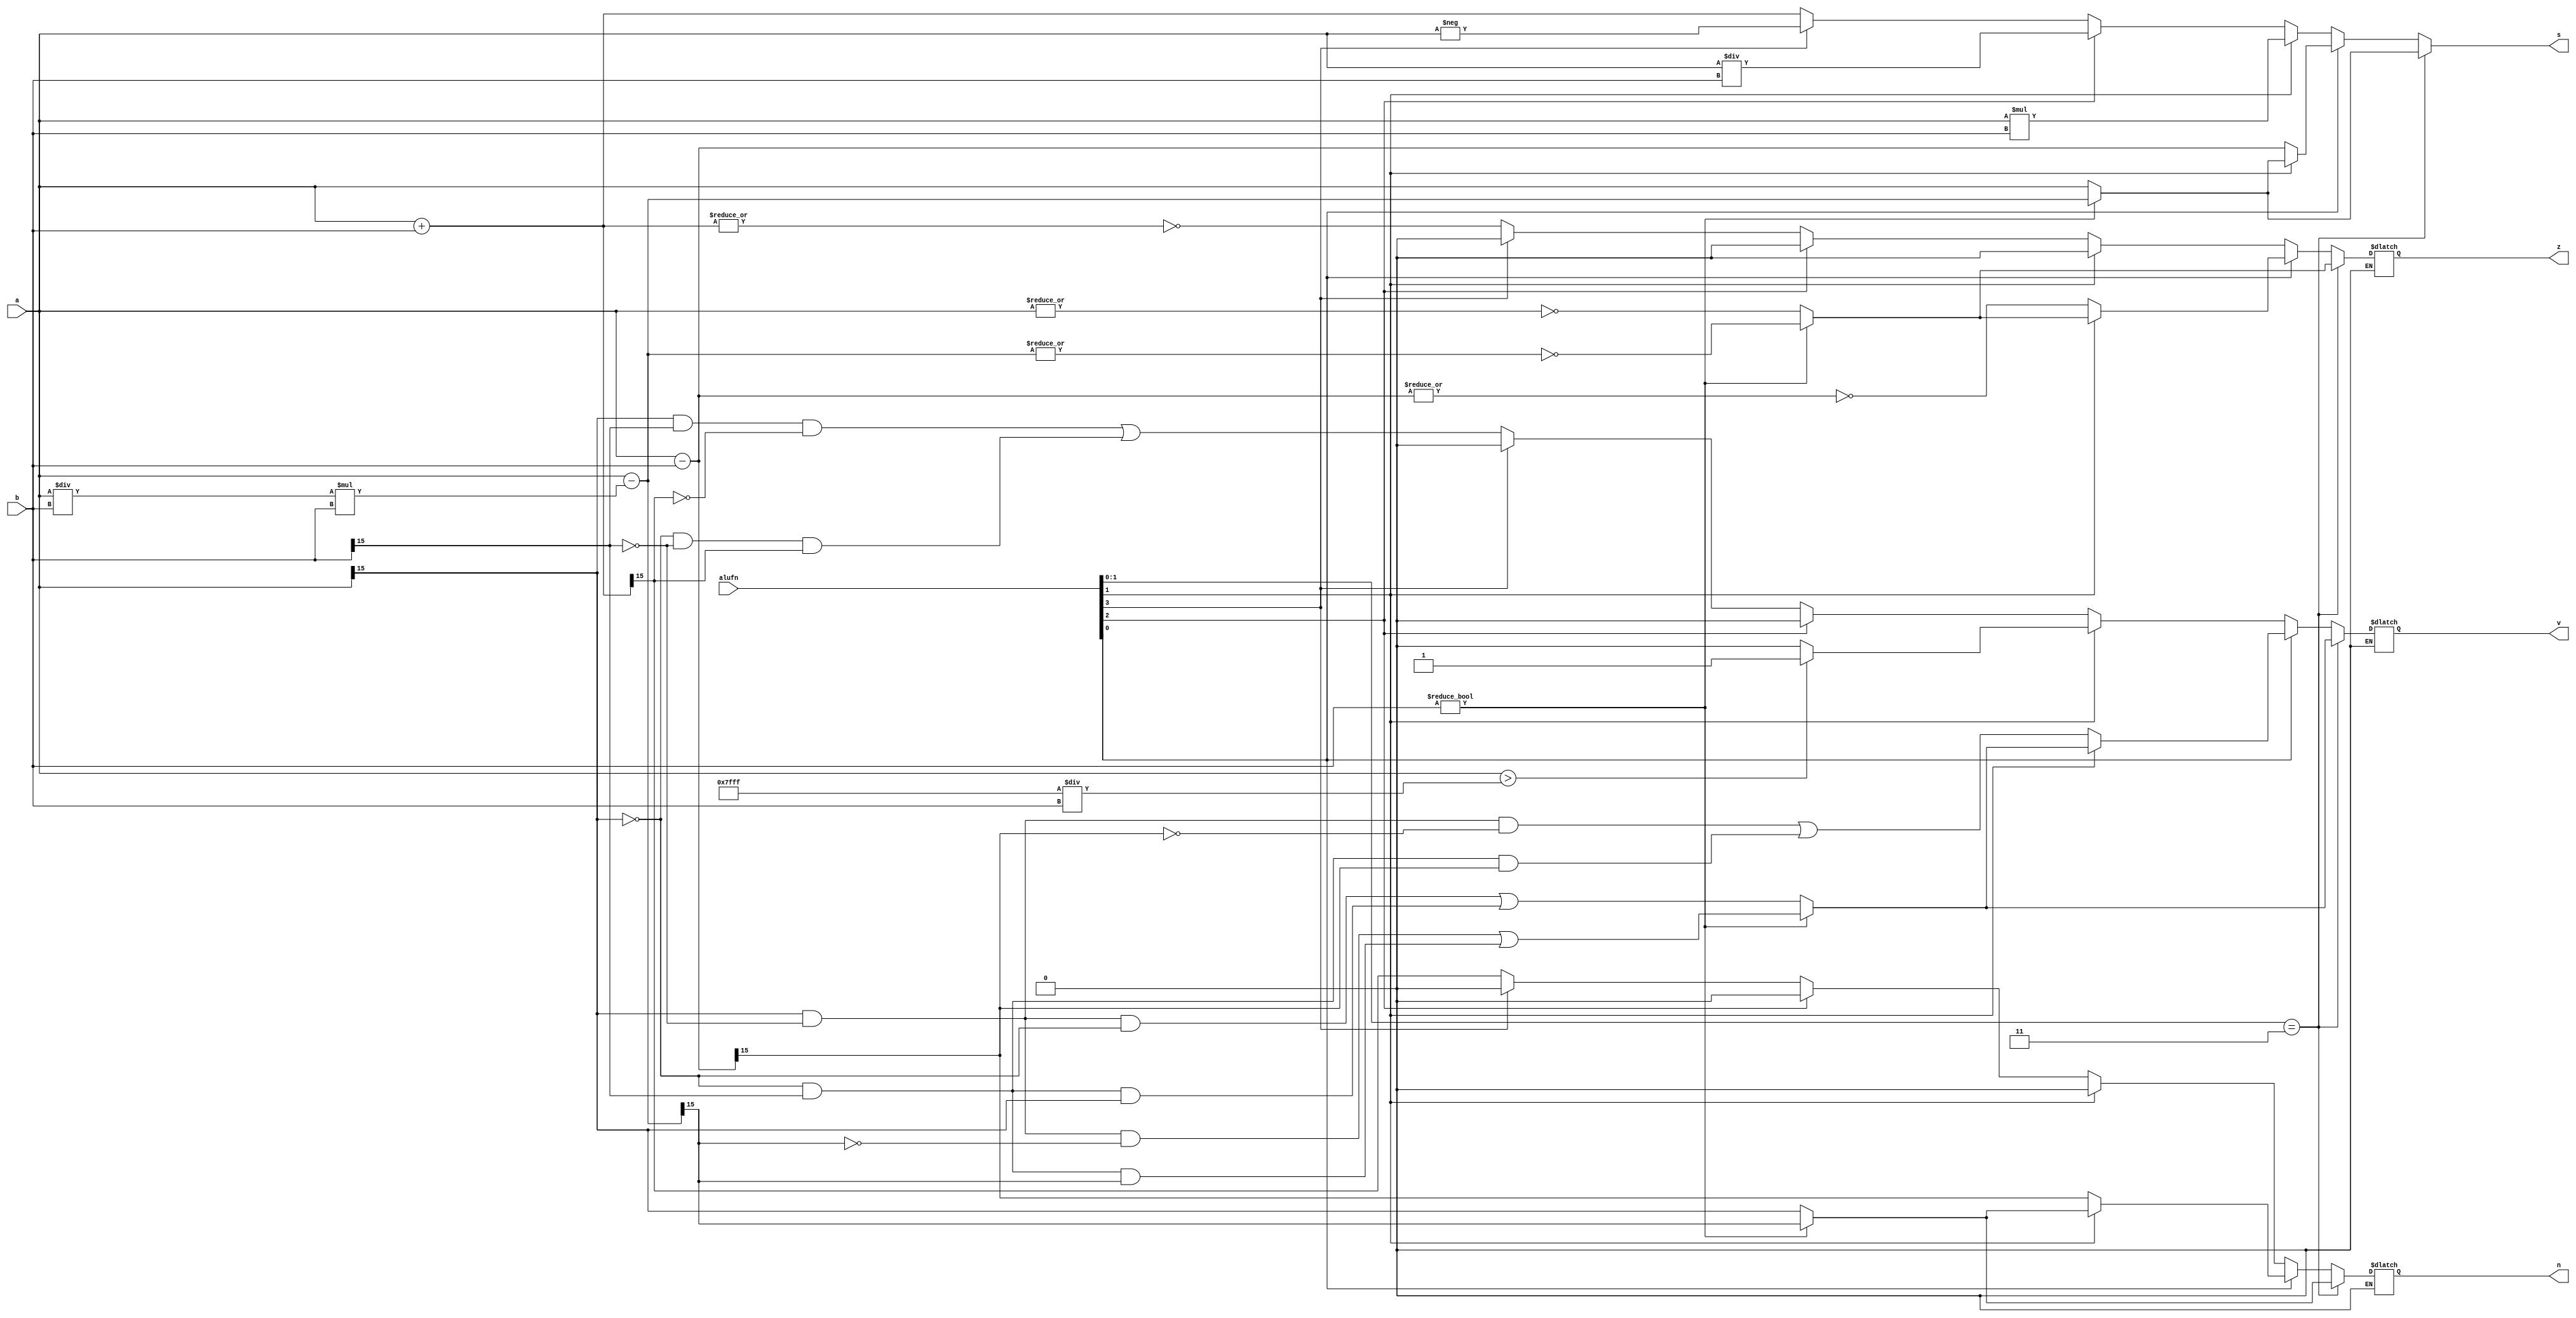
/*
   This file was generated automatically by Alchitry Labs version 1.2.0.
   Do not edit this file directly. Instead edit the original Lucid source.
   This is a temporary file and any changes made to it will be destroyed.
*/

module fasixteen_28 (
    input [15:0] a,
    input [15:0] b,
    input [3:0] alufn,
    output reg z,
    output reg v,
    output reg n,
    output reg [15:0] s
  );
  
  
  
  reg [15:0] out;
  reg [31:0] mout;
  
  always @* begin
    
    case (alufn[0+0-:1])
      1'h0: begin
        z = 1'h0;
        v = 1'h0;
        n = 1'h0;
        if (alufn[1+0-:1]) begin
          mout = $signed(a) * $signed(b);
          out = mout[0+15-:16];
          if ($signed(a) > 15'h7fff / $signed(b)) begin
            v = 1'h1;
          end else begin
            v = 1'h0;
          end
        end else begin
          if (alufn[2+0-:1]) begin
            out = $signed(a) / $signed(b);
          end else begin
            if (alufn[3+0-:1]) begin
              out = -$signed(a);
            end else begin
              out = a + b;
              z = (~|out);
              v = (((a[15+0-:1]) & (b[15+0-:1]) & (~out[15+0-:1])) | ((~a[15+0-:1]) & (~b[15+0-:1]) & (out[15+0-:1])));
              n = out[15+0-:1];
            end
          end
        end
      end
      1'h1: begin
        if (alufn[1+0-:1] == 1'h0) begin
          out = a - b;
          z = (~|out);
          v = (((a[15+0-:1]) & (~b[15+0-:1]) & (~out[15+0-:1])) | ((~a[15+0-:1]) & (b[15+0-:1]) & (out[15+0-:1])));
          n = out[15+0-:1];
        end else begin
          if (alufn[1+0-:1] == 1'h1) begin
            if (b != 1'h0) begin
              out = a - ((a / b) * b);
              z = (~|out);
              v = (((a[15+0-:1]) & (~b[15+0-:1]) & (~out[15+0-:1])) | ((~a[15+0-:1]) & (b[15+0-:1]) & (out[15+0-:1])));
              n = out[15+0-:1];
            end else begin
              out = a;
              z = (~|out);
              v = (((a[15+0-:1]) & (~b[15+0-:1]) & (~out[15+0-:1])) | ((~a[15+0-:1]) & (b[15+0-:1]) & (out[15+0-:1])));
              n = out[15+0-:1];
            end
          end
        end
      end
      default: begin
        out = 16'h0000;
        z = 1'h0;
        v = 1'h0;
        n = 1'h0;
      end
    endcase
    if (alufn[0+1-:2] == 2'h3) begin
      if (b != 1'h0) begin
        out = a - ((a / b) * b);
        z = (~|out);
        v = (((a[15+0-:1]) & (~b[15+0-:1]) & (~out[15+0-:1])) | ((~a[15+0-:1]) & (b[15+0-:1]) & (out[15+0-:1])));
        n = out[15+0-:1];
      end else begin
        out = a;
        z = (~|out);
        v = (((a[15+0-:1]) & (~b[15+0-:1]) & (~out[15+0-:1])) | ((~a[15+0-:1]) & (b[15+0-:1]) & (out[15+0-:1])));
        n = out[15+0-:1];
      end
    end
    s = out[0+15-:16];
  end
endmodule